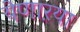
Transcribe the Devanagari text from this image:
येणाऱया